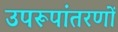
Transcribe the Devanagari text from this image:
उपरूपांतरणों